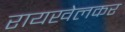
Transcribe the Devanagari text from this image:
रायखेलकर